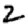
Digit: 2